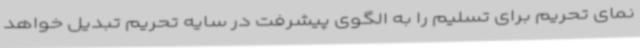
نمای تحریم برای تسلیم را به الگوی پیشرفت در سایه‌ تحریم تبدیل خواهد